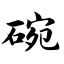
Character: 碗